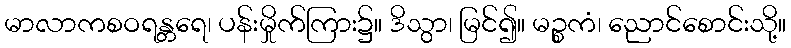
မာလာကစဝရန္တရေ၊ ပန်းမှိုက်ကြား၌။ ဒိသွာ၊ မြင်၍။ မဉ္စကံ၊ ညောင်စောင်းသို့။